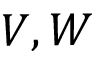
V , W